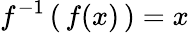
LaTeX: f^{-1}\left(\, f(x)\, \right)=x